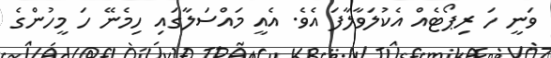
ވަނީ ހަ ރިޕޯޓެއް އެކުލަވާލާފަ އެވެ. އެއީ މައްސަލާގައި ހިމެނޭ ހަ މީހުންގެ